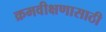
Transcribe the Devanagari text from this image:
क्रमवीक्षणासाठी